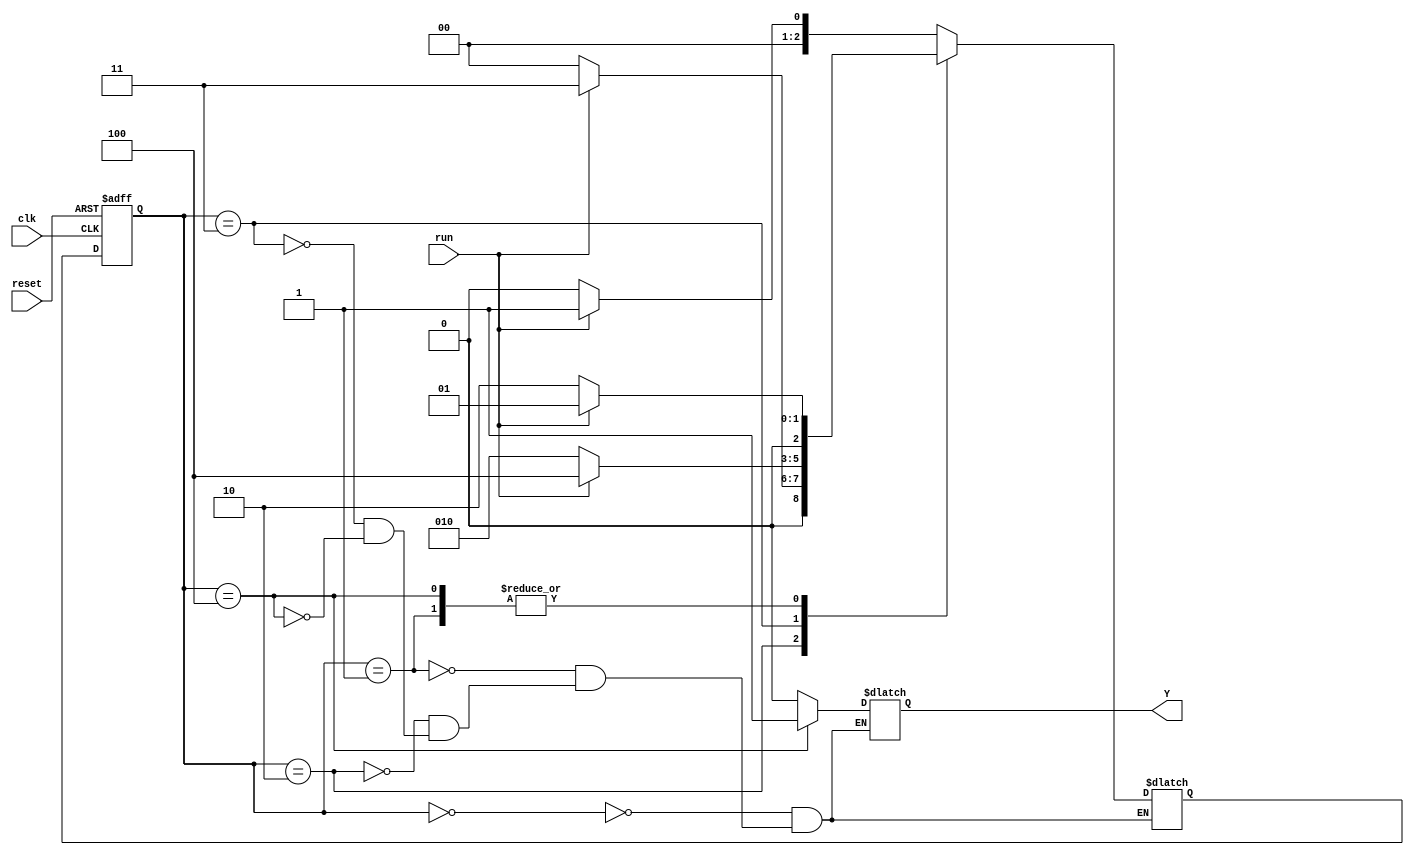
module fsm_detector_1011(input clk, run, reset, output reg Y);
reg [2:0] current_state, next_state;
parameter [2:0] Init = 3'b000, A = 3'b001, B = 3'b010, C = 3'b011, D = 3'b100;

always @(posedge clk, posedge reset)
begin
	if(reset) current_state <= Init;
	else current_state <= next_state;
end	

always @(run, current_state)
	case (current_state)
		Init:
			if(run) next_state = A;
			else next_state = Init;
		
		A:
			if(~run) next_state = B;
			else next_state = A;
		B:
			if(run) next_state = C;
			else next_state = Init;
		C:
			if(run) next_state = D;
			else next_state = B;
		D:
			if(run) next_state = A;
			else next_state = B;
	endcase

always @(current_state)
	case(current_state)
		Init: Y <= 0;
		A: Y <= 0;
		B: Y <= 0;
		C: Y <= 0;
		D: Y <= 1;
	endcase

endmodule